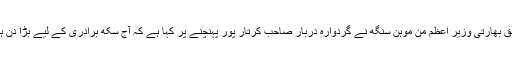
سابق بھارتی وزیر اعظم من موہن سنگھ نے گُردوارہ دربار صاحب کرتار پور پہنچنے پر کہا ہے کہ آج سِکھ برادری کے لیے بڑا دِن ہے۔